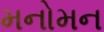
મનોમન